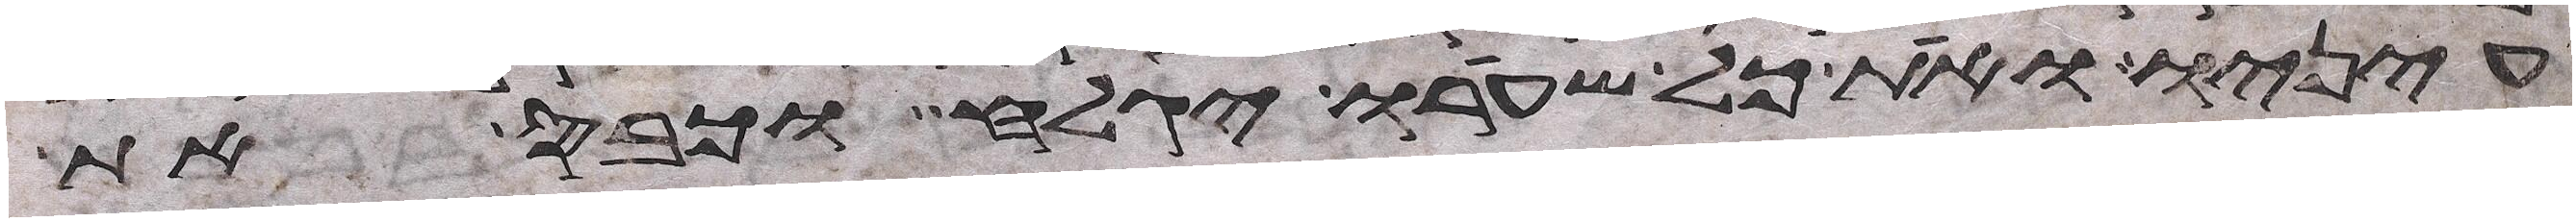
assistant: עיניו ואת כל שערו יגלח וכבס את